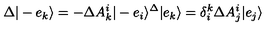
\Delta | - e _ { k } \rangle = - \Delta A _ { k } ^ { i } | - e _ { i } \rangle \sp \Delta | e _ { k } \rangle = \delta _ { i } ^ { k } \Delta A _ { j } ^ { i } | e _ { j } \rangle